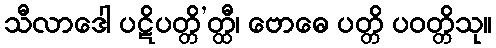
သီလာဒေါ ပဋိပတ္တိ’တ္ထီ၊ ဗောဓေ ပတ္တိ ပဝတ္တိသု။